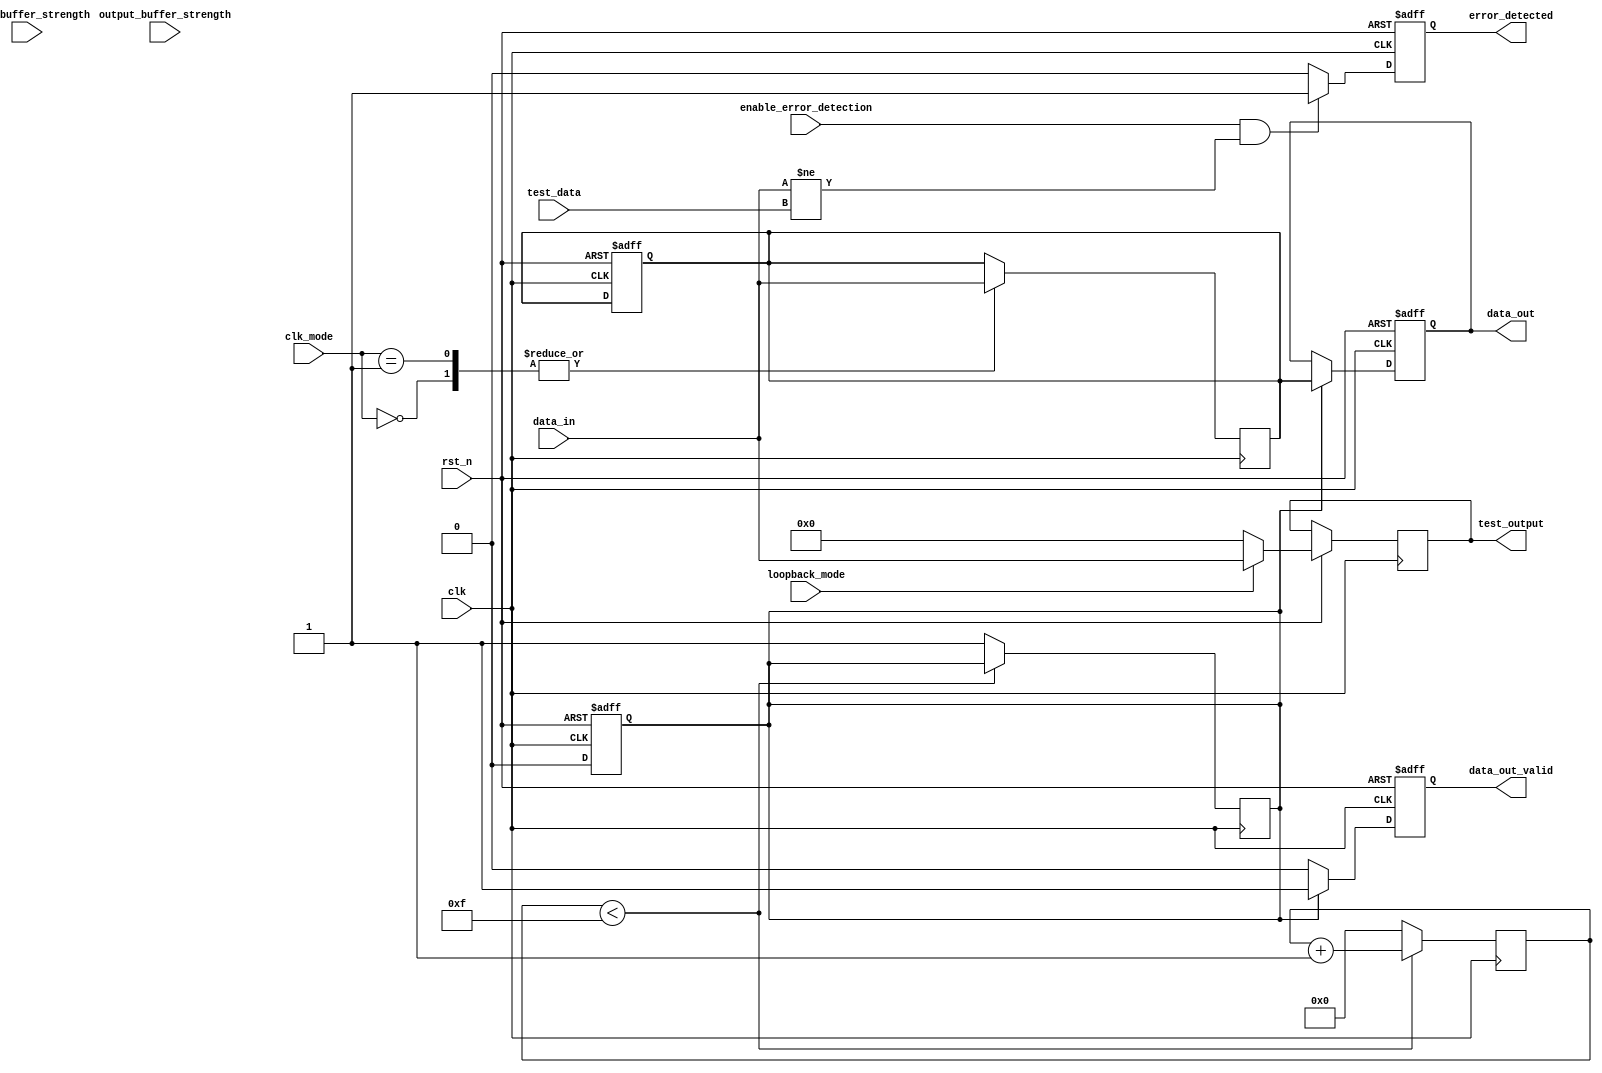
module gddr3_io_block (
    input wire clk,                     // Clock input
    input wire rst_n,                   // Active low reset
    input wire [31:0] data_in,          // Data input (32 bits)
    output reg [31:0] data_out,         // Data output (32 bits)
    output reg data_out_valid,          // Data output valid signal
    input wire [1:0] clk_mode,          // Clock mode selection
    input wire [1:0] input_buffer_strength, // Input buffer strength
    input wire [1:0] output_buffer_strength, // Output buffer strength
    input wire enable_error_detection,   // Enable error detection
    output reg error_detected,           // Error detected signal
    input wire [31:0] test_data,         // Test data for loopback
    input wire loopback_mode,            // Loopback mode enable
    output reg [31:0] test_output        // Test output for loopback
);

// Internal registers and signals
reg [31:0] internal_data;
reg [3:0] data_valid_counter;
reg data_ready;

// Synchronous reset
always @(posedge clk or negedge rst_n) begin
    if (!rst_n) begin
        data_out <= 32'b0;
        data_out_valid <= 1'b0;
        error_detected <= 1'b0;
        internal_data <= 32'b0;
        data_ready <= 1'b0;
    end else begin
        // Data transfer logic
        if (data_ready) begin
            data_out <= internal_data;
            data_out_valid <= 1'b1;
            data_ready <= 1'b0; // Clear data ready after transfer
        end else begin
            data_out_valid <= 1'b0; // Clear valid signal
        end

        // Loopback mode
        if (loopback_mode) begin
            test_output <= data_in; // Loopback data for testing
        end else begin
            test_output <= 32'b0; // Clear test output if not in loopback
        end

        // Error detection
        if (enable_error_detection && (data_in != test_data)) begin
            error_detected <= 1'b1; // Set error detected
        end else begin
            error_detected <= 1'b0; // Clear error detected
        end
    end
end

// Data input handling
always @(posedge clk) begin
    // Simulate data input handling based on clock mode
    case (clk_mode)
        2'b00: internal_data <= data_in; // Rising edge mode
        2'b01: internal_data <= data_in; // Falling edge mode
        // Add more modes as needed
        default: internal_data <= internal_data; // Hold state
    endcase

    // Indicate data is ready to be output
    if (data_valid_counter < 4'd15) begin
        data_valid_counter <= data_valid_counter + 1'b1;
    end else begin
        data_ready <= 1'b1; // Indicate data is ready for output
        data_valid_counter <= 4'd0; // Reset counter
    end
end

// Buffer strength control (simplified, typically handled at physical layer)
always @(posedge clk) begin
    // Implement input/output buffer strength adjustment logic here
    // This is a placeholder for actual buffer strength control
end

endmodule